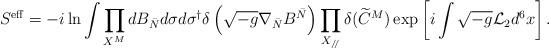
LaTeX: \begin{align*}S^{\rm eff} = -i\ln\int\prod_{X^M}dB_{\bar N} d\sigma d\sigma^\dagger\delta\left(\sqrt{-g}\nabla_{\bar N}B^{\bar N}\right)\prod_{X_{/\!/}}\delta(\widetilde C^M)\exp\left[i\int\sqrt{-g}{\cal L}_2 d^6 x \right]. \end{align*}